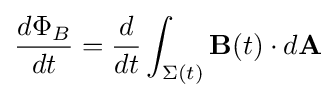
{\frac {d\Phi _{B}}{dt}}={\frac {d}{dt}}\int _{\Sigma (t)}\mathbf {B} (t)\cdot d\mathbf {A}